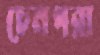
চেনপরা